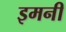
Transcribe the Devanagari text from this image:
इमनी